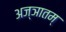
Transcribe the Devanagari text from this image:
अज्ञातम्‌